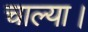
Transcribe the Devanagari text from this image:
चाल्या।